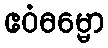
ဧဝံဓမ္မော